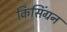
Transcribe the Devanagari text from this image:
किसिंग्रन